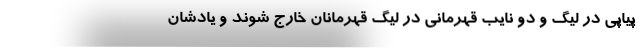
پیاپی در لیگ و دو نایب قهرمانی در لیگ قهرمانان خارج شوند و یادشان